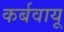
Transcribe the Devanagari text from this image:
कर्बवायू